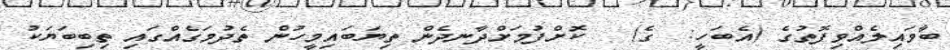
ބާވައިލެއްވިފޮތުގެ (އެބަހީ:  ގެ)   ކޮށްފުމަށްދާނދެން ތިޔަބައިމީހުން ތެދުމަގެއްގައި ތިބިބަޔަކު